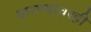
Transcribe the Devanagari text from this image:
करण्यावरही